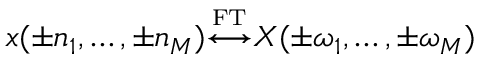
x ( \pm n _ { 1 } , \ldots , \pm n _ { M } ) { \overset { \underset { \mathrm { F T } } { } } { \longleftrightarrow } } X ( \pm \omega _ { 1 } , \ldots , \pm \omega _ { M } )